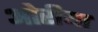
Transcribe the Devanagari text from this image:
ओरीया